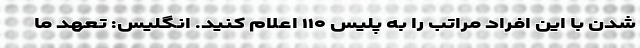
شدن با این افراد مراتب را به پلیس ۱۱۰ اعلام کنید. انگلیس: تعهد ما